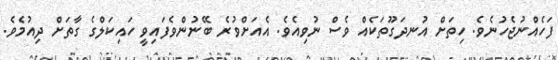
ފަހެއްނުޖެހުނެވެ. ހިތަށް އުނދަގޫތަކެއް ވެސް ނުވިއެވެ. އެއަށްވުރެ ބޭނުންވެފައިވީ ހައިކަލްގެ ގާތަށް ދިއުމެވެ.